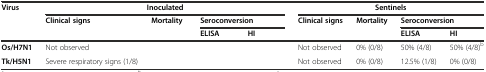
<table><thead><tr><td rowspan="3"><b>Virus</b></td><td colspan="4"><b>Inoculated</b></td><td colspan="4"><b>Sentinels</b></td></tr><tr><td rowspan="2"><b>Clinical signs</b></td><td rowspan="2"><b>Mortality</b></td><td colspan="2"><b>Seroconversion</b></td><td rowspan="2"><b>Clinical signs</b></td><td rowspan="2"><b>Mortality</b></td><td colspan="2"><b>Seroconversion</b></td></tr><tr><td><b>ELISA</b></td><td><b>HI</b></td><td><b>ELISA</b></td><td><b>HI</b></td></tr></thead><tbody><tr><td><b>Os/H7N1</b></td><td>Not observed</td><td>[EMPTY_CELL]</td><td>[EMPTY_CELL]</td><td>[EMPTY_CELL]</td><td>Not observed</td><td>0% (0/8)</td><td>50% (4/8)</td><td>50% (4/8)<sup>b</sup></td></tr><tr><td><b>Tk/H5N1</b></td><td>Severe respiratory signs (1/8)</td><td>[EMPTY_CELL]</td><td>[EMPTY_CELL]</td><td>[EMPTY_CELL]</td><td>Not observed</td><td>0% (0/8)</td><td>12.5% (1/8)</td><td>0% (0/8)</td></tr></tbody></table>